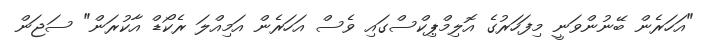
"އަހަރެން ބޭނުންވަނީ މިފަހަރުގެ އޮލިމްޕިކްސްގައި ވެސް އަހަރެން އަމިއްލަ ރެކޯޑް އާކުރަން" ސަޖަން